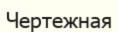
Чертежная